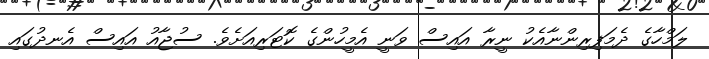
ލަމްހާގެ ދެމަފިރިންނާއެކު ނީރާ އައިސް ވަނީ އެމީހުންގެ ކޮޓަރިއަށެވެ. ސުޖާއު އައިސް އެނދުގައި